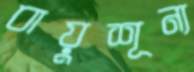
বায়ুশূন্য